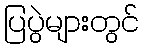
ပြပွဲများတွင်